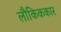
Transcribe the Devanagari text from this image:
लौकिककार